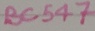
Text: BC547